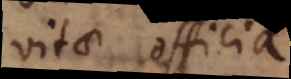
vitae officia